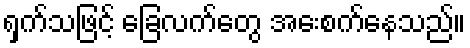
ရှက်သဖြင့် ခြေလက်တွေ အေးစက်နေသည်။